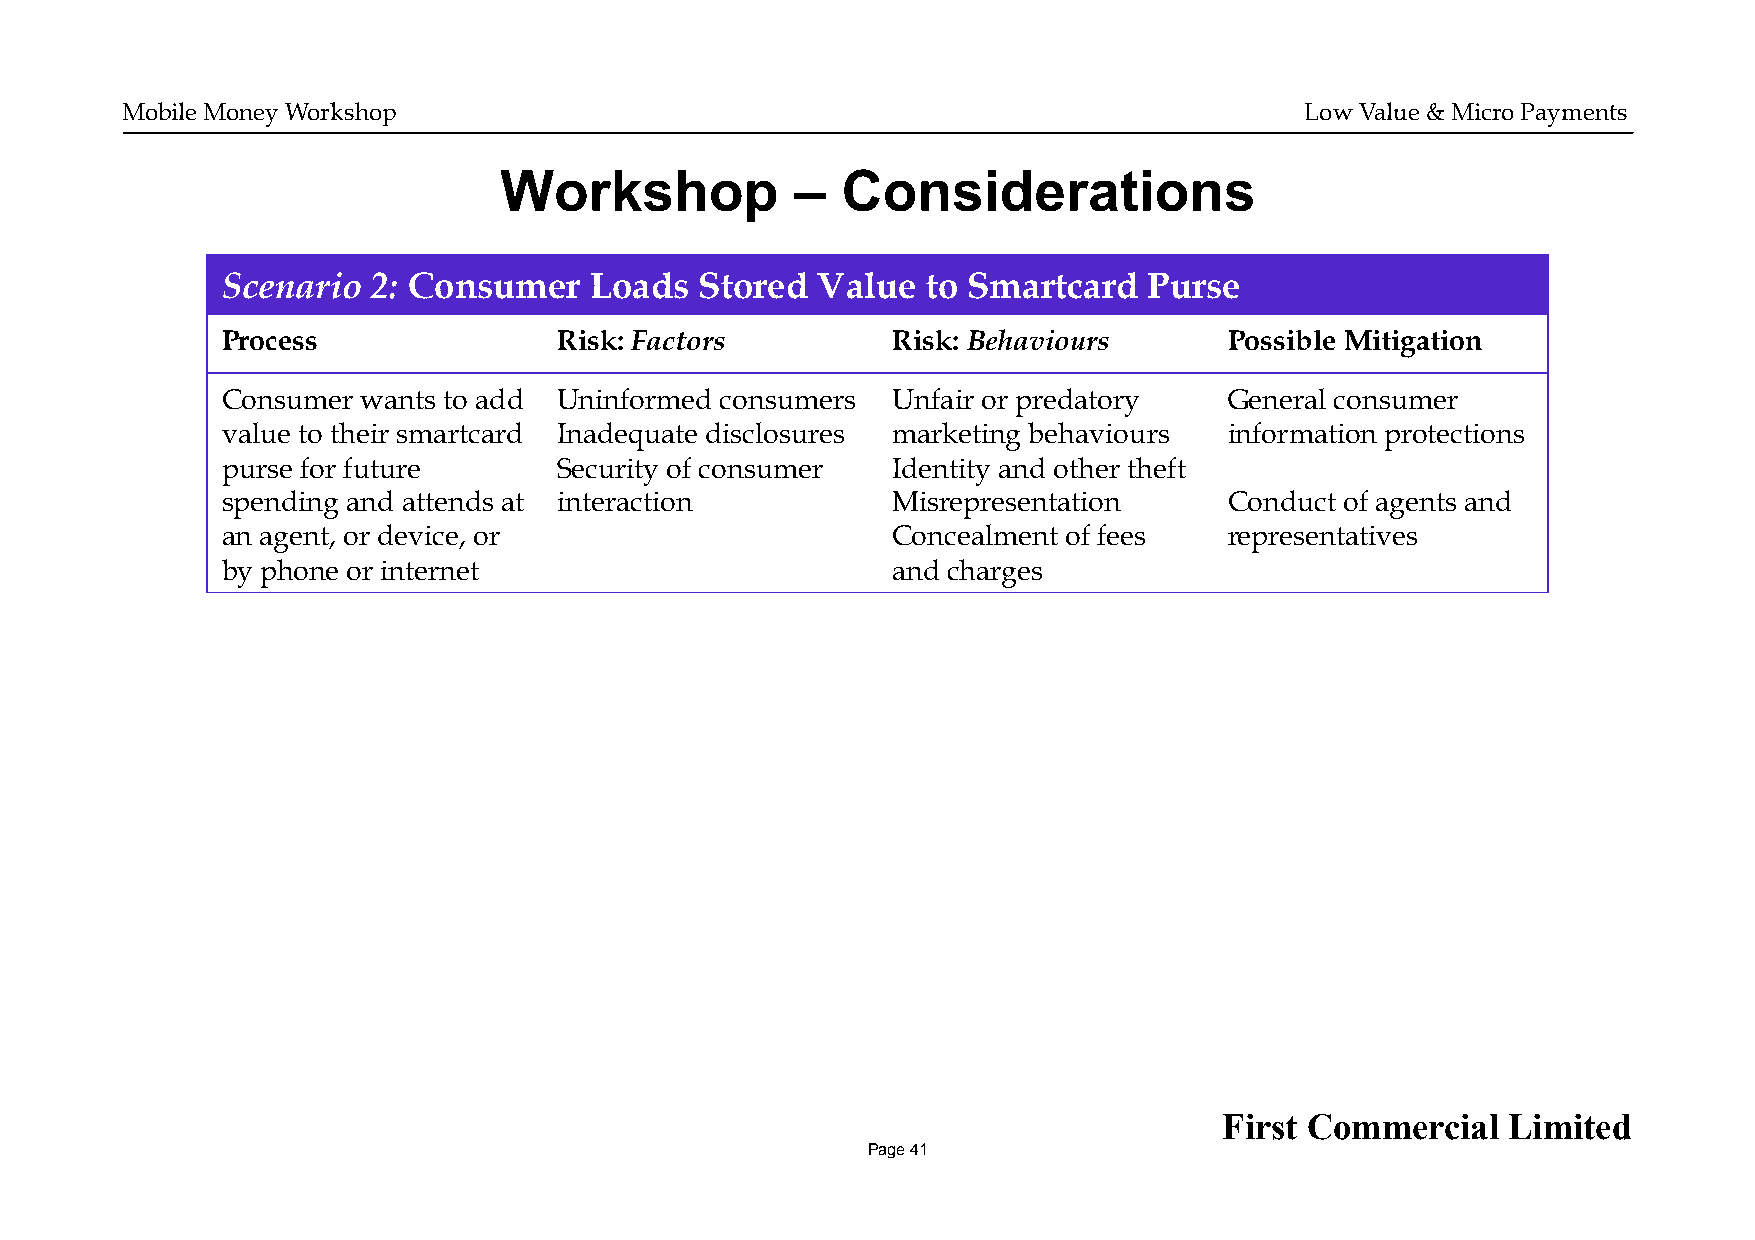
Mobile Money Workshop                                                         Low Value & Micro Payments
 Workshop            –  Considerations
 Scenario  2: Consumer   Loads  Stored  Value  to Smartcard   Purse
 Process               Risk: Factors         Risk: Behaviours      Possible Mitigation
 Consumer wants to add Uninformed consumers  Unfair or predatory   General consumer
 value to their smartcard Inadequate disclosures marketing behaviours information protections
 purse for future      Security of consumer  Identity and other theft
 spending and attends at interaction         Misrepresentation     Conduct of agents and
 an agent, or device, or                     Concealment of fees   representatives
 by phone or internet                        and charges
 First Commercial   Limited
 Page 41